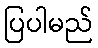
ပြပါမည်